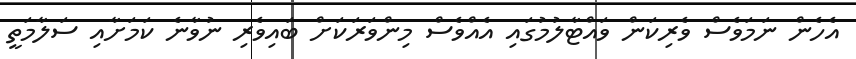
އެހެން ނަމަވެސް ވެރިކަން ވައްޓާލުމުގައި އެއްވެސް މިންވަރަކަށް ބައިވެރި ނުވާނެ ކަމަށާއި ސަލާމަތީ